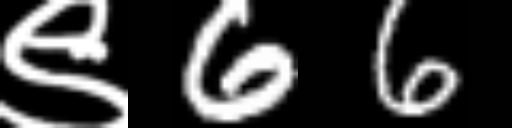
Text: ९66